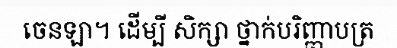
ចេនឡា។ ដើម្បី សិក្សា ថ្នាក់បរិញ្ញាបត្រ